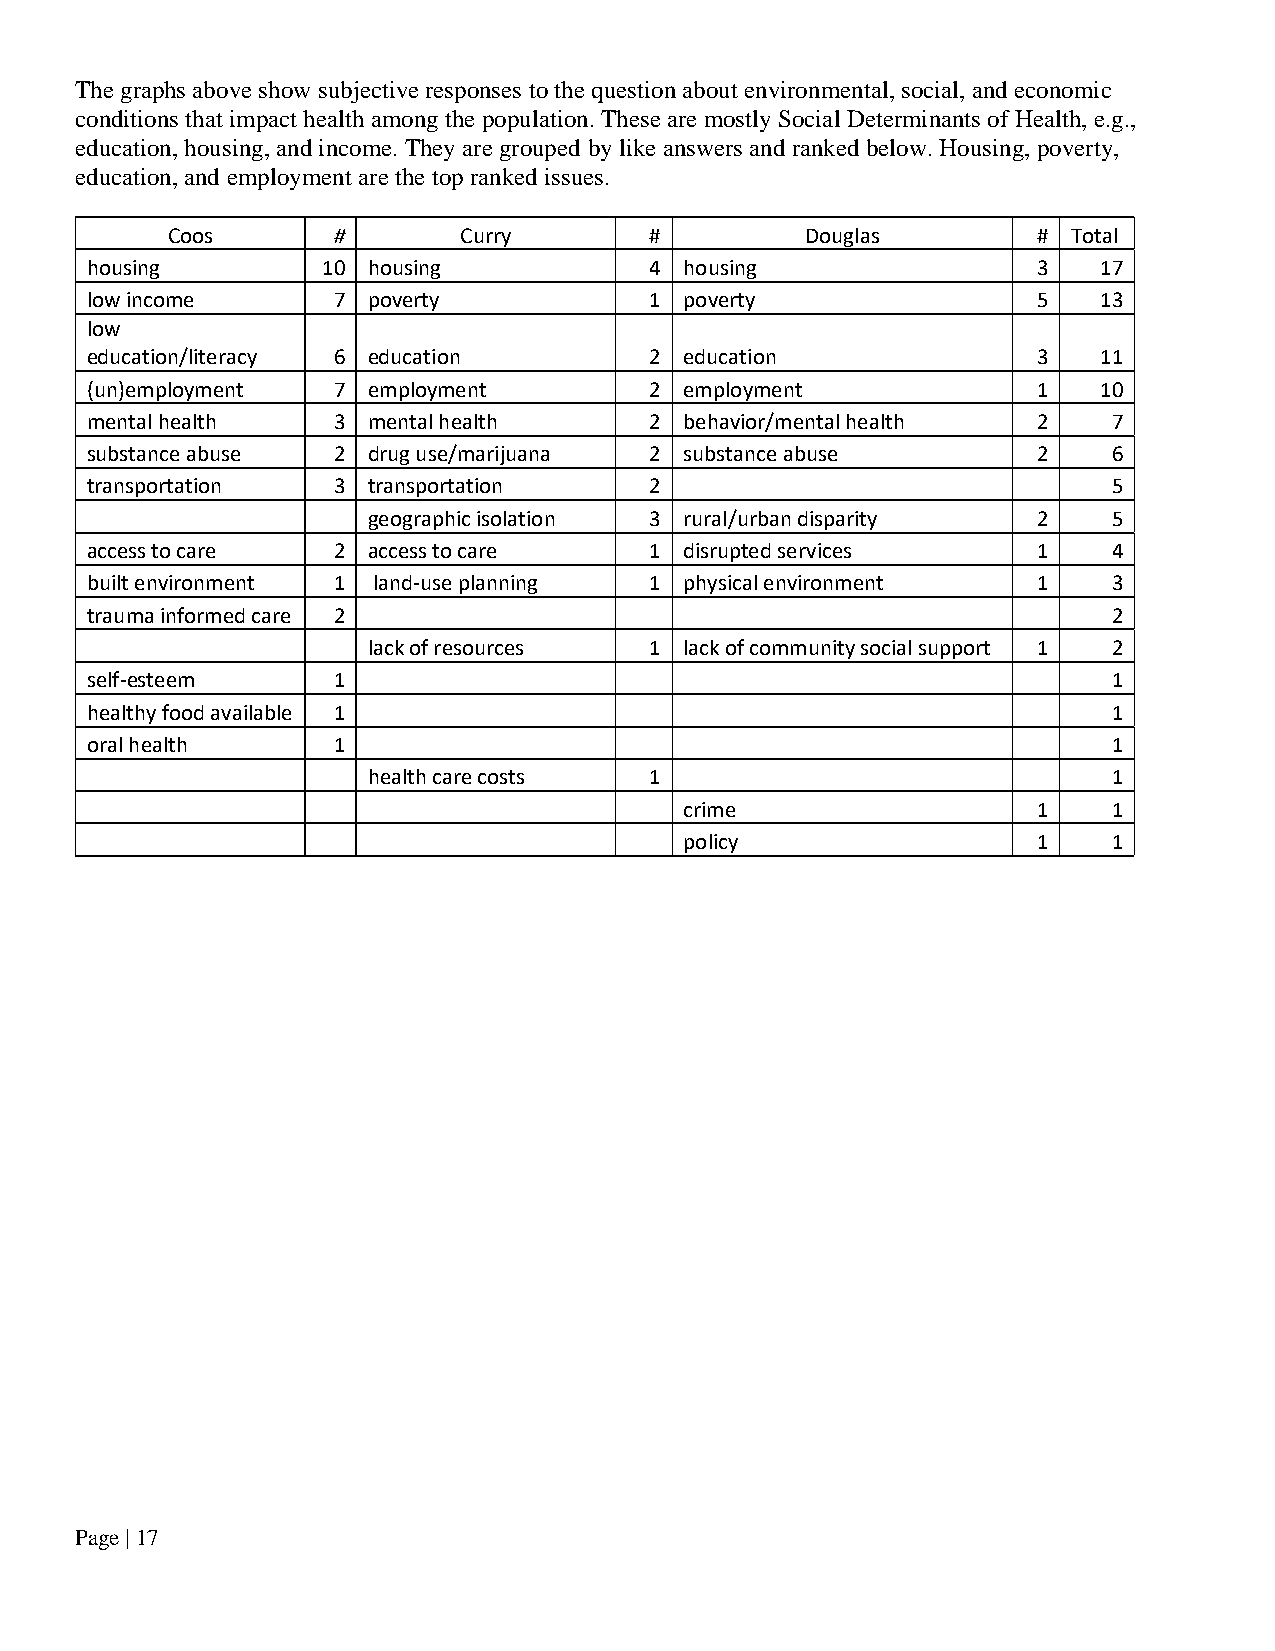
The graphs above show subjective responses to the question about environmental, social, and economic
 conditions that impact health among the population. These are mostly Social Determinants of Health, e.g.,
 education, housing, and income. They are grouped by like answers and ranked below. Housing, poverty,
 education, and employment are the top ranked issues.
 Coos       #       Curry        #         Douglas         # Total
 housing        10 housing            4 housing                 3   17
 low income      7 poverty            1 poverty                 5   13
 low
 education/literacy 6 education       2 education               3   11
 (un)employment  7 employment         2 employment              1   10
 mental health   3 mental health      2 behavior/mental health  2    7
 substance abuse 2 drug use/marijuana 2 substance abuse         2    6
 transportation  3 transportation     2                              5
 geographic isolation 3 rural/urban disparity 2    5
 access to care  2 access to care     1 disrupted services      1    4
 built environment 1 land-use planning 1 physical environment   1    3
 trauma informed care 2                                              2
 lack of resources  1 lack of community social support 1 2
 self-esteem     1                                                   1
 healthy food available 1                                            1
 oral health     1                                                   1
 health care costs  1                              1
 crime                   1    1
 policy                  1    1
 Page | 17